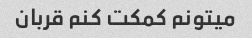
میتونم کمکت کنم قربان